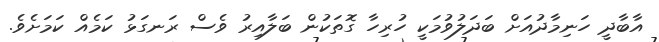
އާބާދީ ހަނިމާދުއަށް ބަދަލުވުމަކީ ހުރިހާ ގޮތަކުން ބަލާއިރު ވެސް ރަނގަޅު ކަމެއް ކަމަށެވެ.